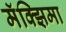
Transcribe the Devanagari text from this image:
मॅक्झिमा